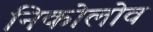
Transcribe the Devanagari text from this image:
निकोलोव